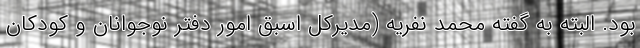
بود. البته به گفته محمد نفریه (مدیرکل اسبق امور دفتر نوجوانان و کودکان